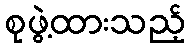
စုဖွဲ့ထားသည့်